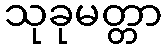
သုခုမတ္တာ